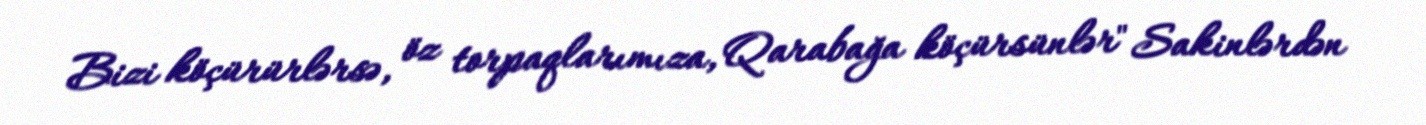
Bizi köçürürlərsə, öz torpaqlarımıza, Qarabağa köçürsünlər" Sakinlərdən